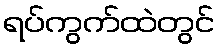
ရပ်ကွက်ထဲတွင်